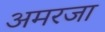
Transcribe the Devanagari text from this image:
अमरजा